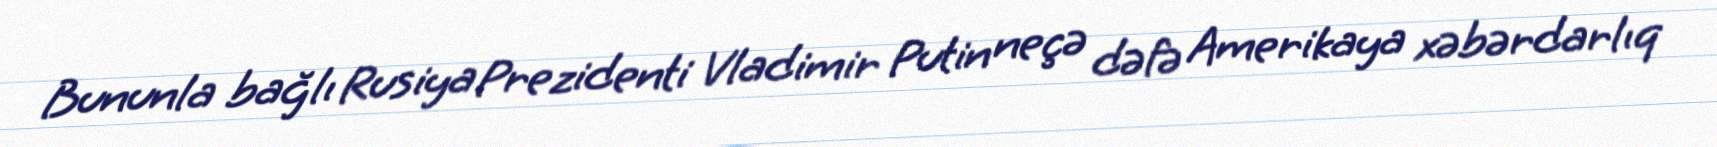
Bununla bağlı Rusiya Prezidenti Vladimir Putin neçə dəfə Amerikaya xəbərdarlıq